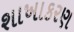
શાખાકરણ